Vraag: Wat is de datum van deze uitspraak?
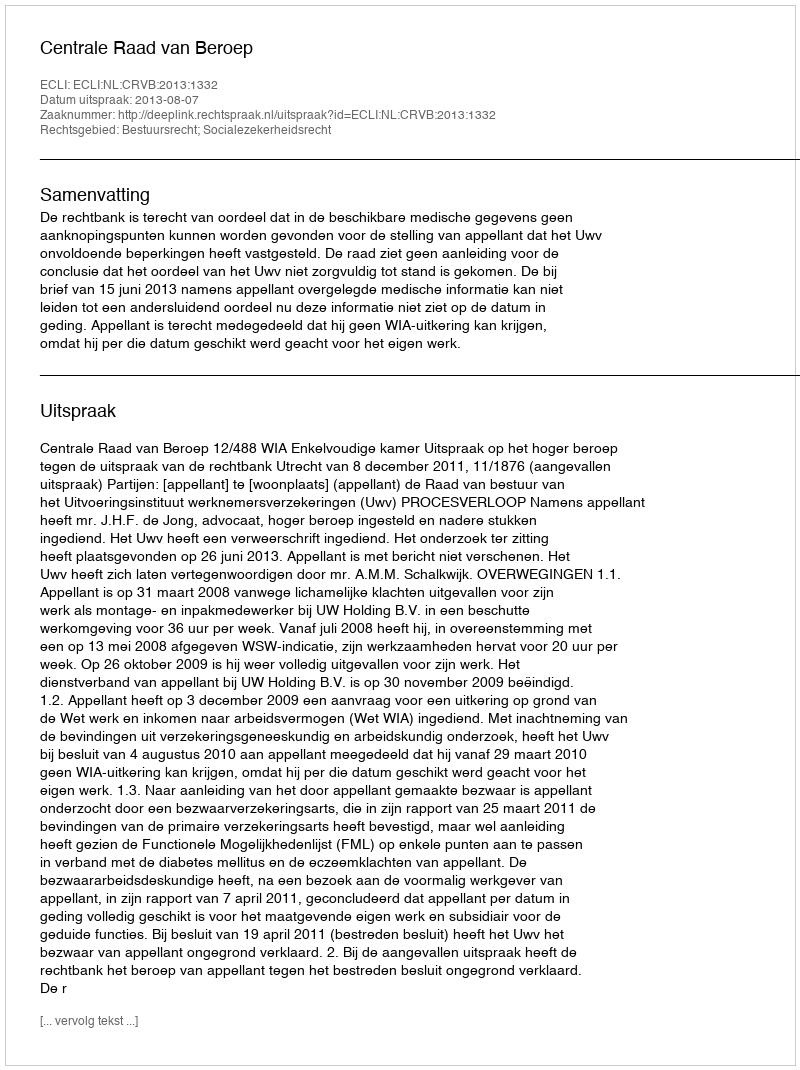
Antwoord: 2013-08-07